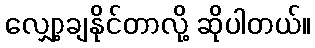
လျှော့ချနိုင်တာလို့ ဆိုပါတယ်။